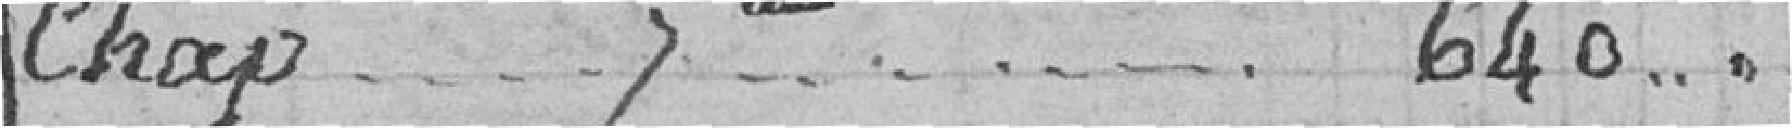
Chap. 7ème.... 640